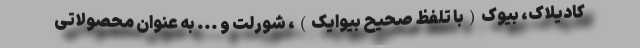
کادیلاک، بیوک(با تلفظ صحیح بیوایک)، شورلت و ... به عنوان محصولاتی